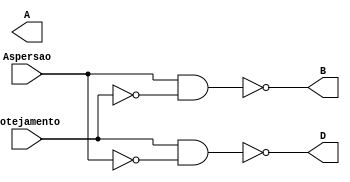
module display(Aspersao,Gotejamento,D,B,A);

	wire s1,s2;
	input Aspersao,Gotejamento;
	output D,B,A;
	
	
	and(s1,Gotejamento,!Aspersao);
	not(D,s1);
	

	and(s2,Aspersao, !Gotejamento);
	not(B,s2);
	
	
endmodule